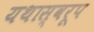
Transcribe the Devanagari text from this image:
यथास्वरूप